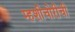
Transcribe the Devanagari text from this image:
म्हशीचोरीची